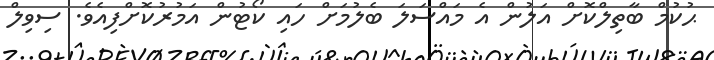
ޙުކުމް ބާތިލްކޮށް އަލުން އެ މައްސަލަ ބެލުމަށް ހައި ކޯޓުން އަމުރުކޮށްފިއެވެ. ސިވިލް